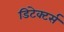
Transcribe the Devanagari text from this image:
डिटेक्टर्स